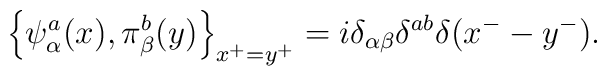
\left\{ \psi^a_{\alpha}(x), \pi^{b}_{\beta}(y)\right\}_{x^+=y^+}=i \delta_{\alpha\beta}\delta^{ab}\delta(x^{-}-y^{-}).